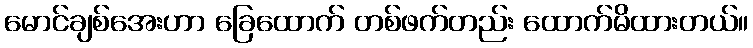
မောင်ချစ်အေးဟာ ခြေထောက် တစ်ဖက်တည်း ထောက်မိထားတယ်။